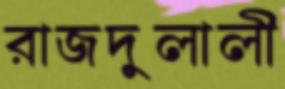
রাজদুলালী